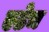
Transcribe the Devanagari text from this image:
एढेच